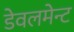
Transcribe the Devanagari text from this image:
डेवलमेन्ट